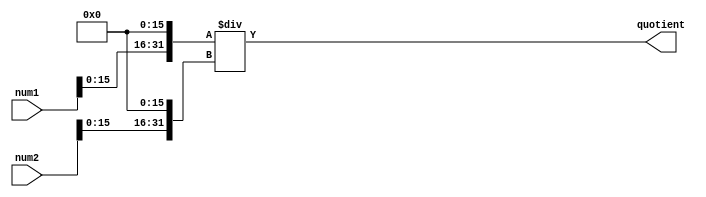
module fixed_point_divider (
    input signed [31:0] num1, // First fixed-point number
    input signed [31:0] num2, // Second fixed-point number
    output reg signed [31:0] quotient // Output quotient
);

reg signed [31:0] scaled_num1; // Scaled first number
reg signed [31:0] scaled_num2; // Scaled second number

reg signed [31:0] dividend; // Dividend for division operation
reg signed [31:0] divisor; // Divisor for division operation

always @(*) begin
    // Scale input numbers
    scaled_num1 = num1 << 16; // Scale by 2^16
    scaled_num2 = num2 << 16; // Scale by 2^16
    
    // Align fractional part
    dividend = scaled_num1;
    divisor = scaled_num2;
    
    // Perform division operation
    quotient = dividend / divisor;
end

endmodule